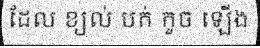
ដែល ខ្យល់ បក់ កួច ឡើង